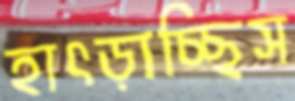
হাৎড়াচ্ছিস